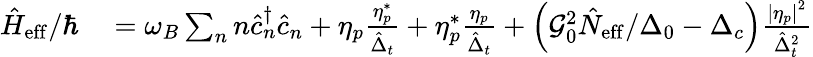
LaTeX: \begin{array}{rl}{\hat{H}_{\mathrm{eff}}/\hbar}&{{}=\omega_{B}\sum_{n}n\hat{c}_{n}^{\dagger}\hat{c}_{n}+\eta_{p}\frac{\eta_{p}^{*}}{\hat{\Delta}_{t}}+\eta_{p}^{*}\frac{\eta_{p}}{\hat{\Delta}_{t}}+\left(\mathcal{G}_{0}^{2}\hat{N}_{\mathrm{eff}}/\Delta_{0}-\Delta_{c}\right)\frac{\left|\eta_{p}\right|^{2}}{\hat{\Delta}_{t}^{2}}}\end{array}